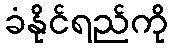
ခံနိုင်ရည်ကို